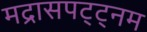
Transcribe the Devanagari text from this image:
मद्रासपट्ट्नम